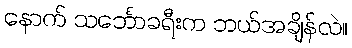
နောက် သင်္ဘောခရီးက ဘယ်အချိန်လဲ။